Civil Veterinary Department. Madras. Admin. report 1926-33 - 1926-1933
Year: 1926
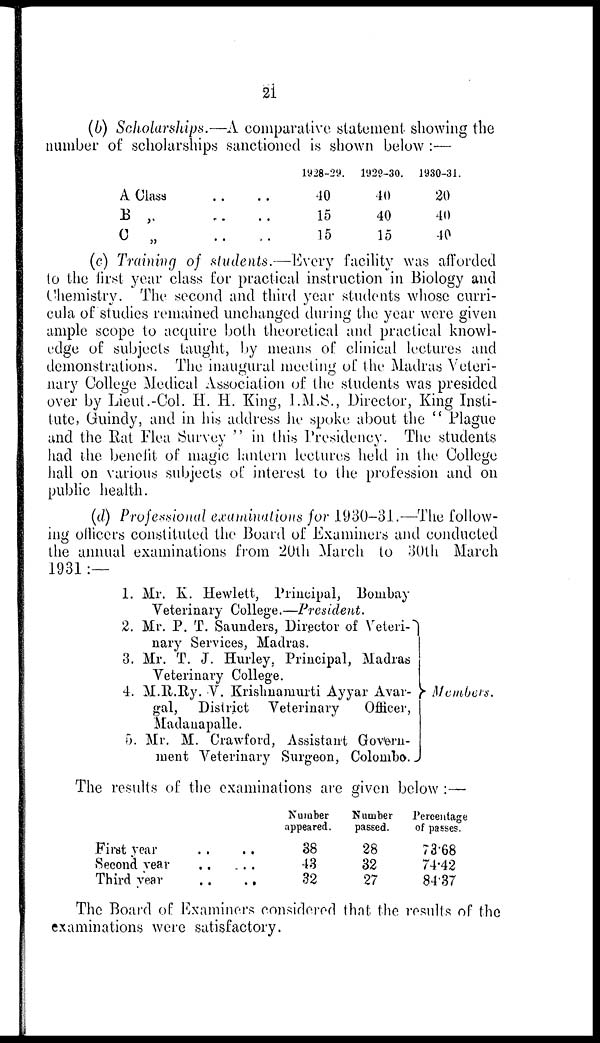
21
(b) Scholarships.—A comparative statement showing the
number of scholarships sanctioned is shown below :—
A Class
B „
C „
..
..
..
..
..
..
1928-29.
40
15
15
1929-30.
40
40
15
1930-31.
20
40
40
(c) Training of students.—Every facility was afforded
to the first year class for practical instruction in Biology and
Chemistry. The second and third year students whose curri-
cula of studies remained unchanged during the year were given
ample scope to acquire both theoretical and practical knowl-
edge of subjects taught, by means of clinical lectures and
demonstrations. The inaugural meeting of the Madras Veteri-
nary College Medical Association of the students was presided
over by Lieut.-Col. H. H. King, I.M.S., Director, King Insti-
tute, Guindy, and in his address he spoke about the " Plague
and the Rat Flea Survey " in this Presidency. The students
had the benefit of magic lantern lectures held in the College
hall on various subjects of interest to the profession and on
public health.
(d) Professional examinations for 1930-31.—The follow-
ing officers constituted the Board of Examiners and conducted
the annual examinations from 20th March to 30th March
1931:—
1.
2.
3.
4.
5.
Mr. K. Hewlett, Principal, Bombay
Veterinary College.—President.
Mr. P. T. Saunders, Director of Veteri¬
nary Services, Madras.
Mr. T. J. Hurley, Principal, Madras
Veterinary College.
M.R.Ry. V. Krishnamurti Ayyar Avar¬
gal, District Veterinary
Officer,
Madanapalle.
Mr. M. Crawford, Assistant Govern-
ment Veterinary Surgeon, Colombo.
Members.
The results of the examinations are given below :—
First year
Second year
Third year
..
..
..
..
..
..
Number
appeared.
38
43
32
Number
passed.
28
32
27
Percentage
of passes.
73.68
74.42
84.37
The Board of Examiners considered that the results of the
examinations were satisfactory.